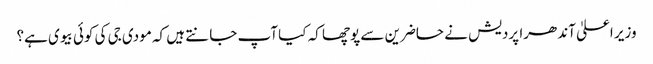
وزیر اعلیٰ آندھرا پردیش نے حاضرین سے پوچھا کہ کیا آپ جانتے ہیں کہ مودی جی کی کوئی بیوی ہے؟